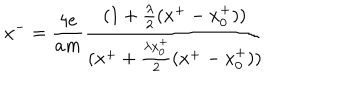
LaTeX: x ^ { - } = { \frac { 4 e } { a m } } { \frac { ( 1 + { \frac { \lambda } { 2 } } ( x ^ { + } - x _ { 0 } ^ { + } ) ) } { ( x ^ { + } + { \frac { \lambda x _ { 0 } ^ { + } } { 2 } } ( x ^ { + } - x _ { 0 } ^ { + } ) ) } }